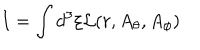
I = \int d ^ { 3 } \xi { \cal L } ( r , A _ { \theta } , A _ { \phi } )